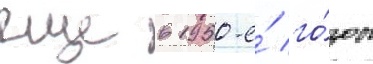
еще в 1950-е́ го́ды